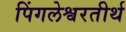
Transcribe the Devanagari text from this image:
पिंगलेश्वरतीर्थ